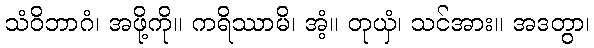
သံဝိဘာဂံ၊ အဖို့ကို။ ကရိဿာမိ၊ အံ့။ တုယှံ၊ သင်အား။ အဒတွာ၊